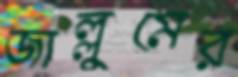
জাল্লুমের